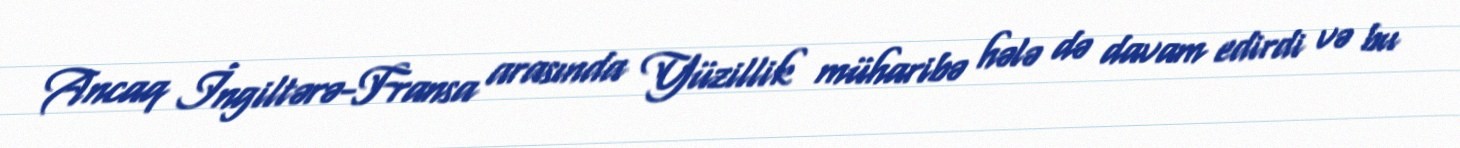
Ancaq İngiltərə-Fransa arasında Yüzillik müharibə hələ də davam edirdi və bu